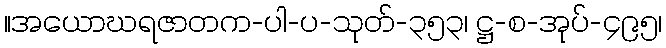
။အယောဃရဇာတက-ပါ-ပ-သုတ်-၃၅၃၊ ဋ္ဌ-စ-အုပ်-၄၉၅၊